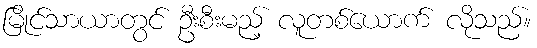
မြိုင်သာယာတွင် ဦးစီးမည့် လူတစ်ယောက် လိုသည်။